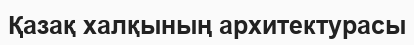
Қазақ халқының архитектурасы